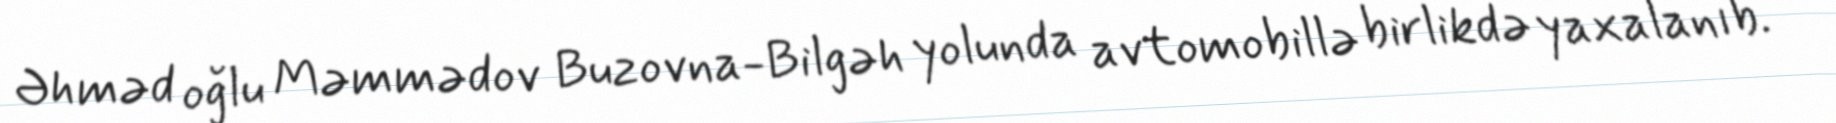
Əhməd oğlu Məmmədov Buzovna-Bilgəh yolunda avtomobillə birlikdə yaxalanıb.